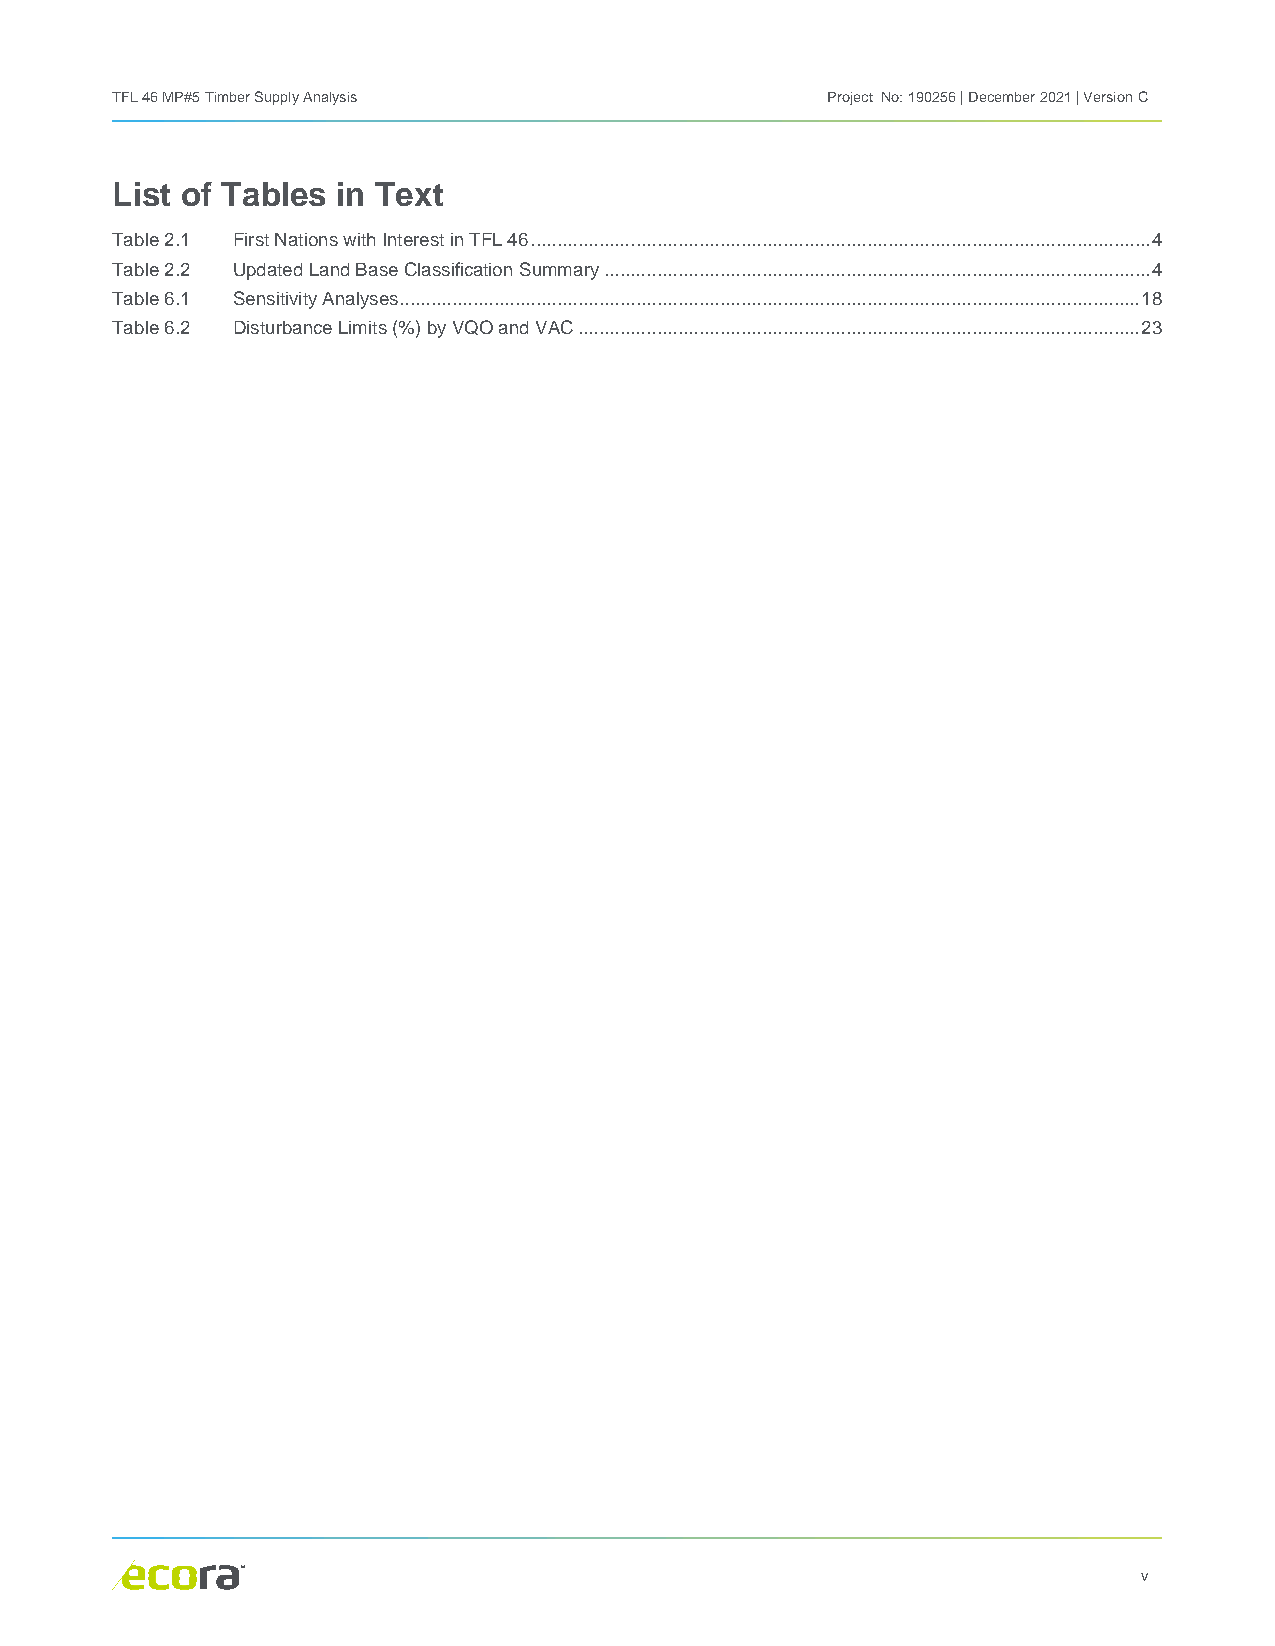
TFL 46 MP#5 Timber Supply Analysis              Project No: 190256 | December 2021 | Version C
 List of Tables in Text
 Table 2.1 First Nations with Interest in TFL 46 ...................................................................................................................... 4
 Table 2.2 Updated Land Base Classification Summary ........................................................................................................ 4
 Table 6.1 Sensitivity Analyses ............................................................................................................................................. 18
 Table 6.2 Disturbance Limits (%) by VQO and VAC ........................................................................................................... 23
 v